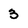
Character: 3